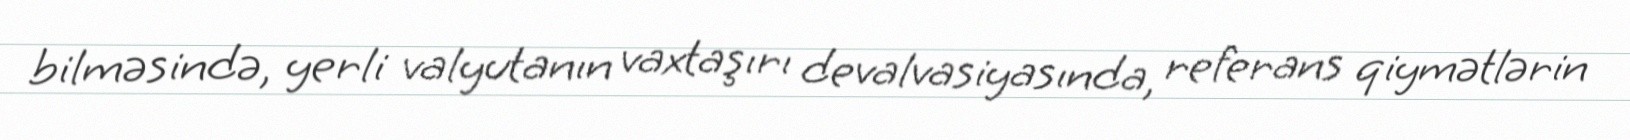
bilməsində, yerli valyutanın vaxtaşırı devalvasiyasında, referans qiymətlərin